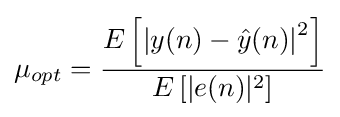
\mu _{opt}={\frac {E\left[\left|y(n)-{\hat {y}}(n)\right|^{2}\right]}{E\left[|e(n)|^{2}\right]}}